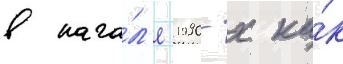
в нача́л'е 1990-х ка́к